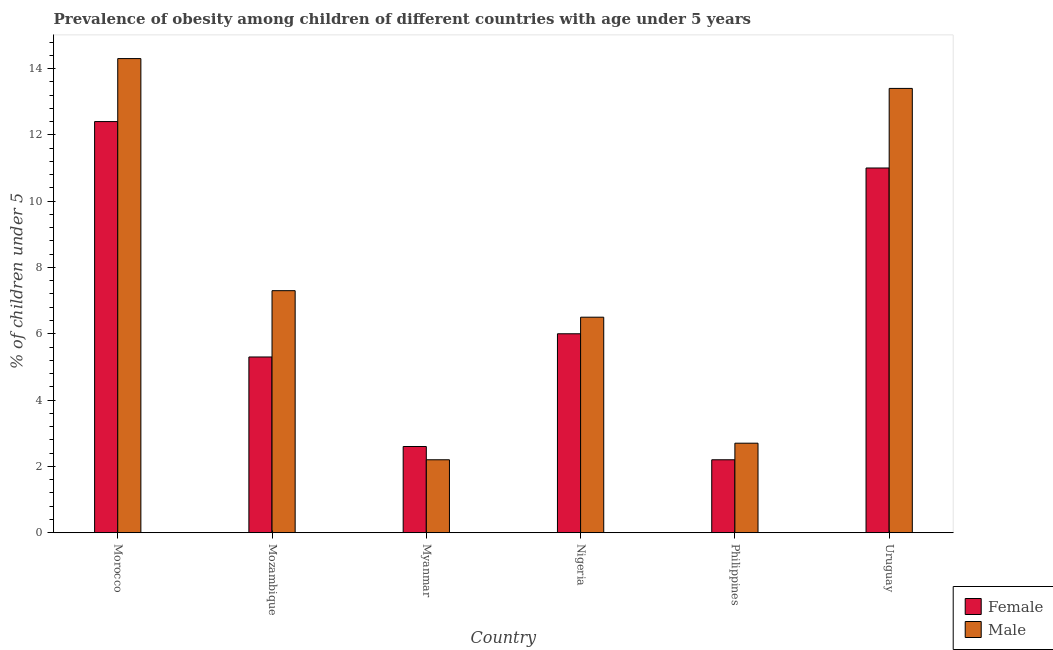
| Country | Female | Male |
 | --- | --- | --- |
 | Morocco | 12.4 | 14.3 |
 | Mozambique | 5.3 | 7.3 |
 | Myanmar | 2.6 | 2.2 |
 | Nigeria | 6 | 6.5 |
 | Philippines | 2.2 | 2.7 |
 | Uruguay | 11 | 13.4 |